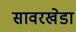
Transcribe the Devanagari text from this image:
सावरखेडा